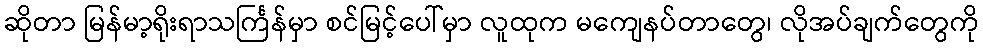
ဆိုတာ မြန်မာ့ရိုးရာသင်္ကြန်မှာ စင်မြင့်ပေါ်မှာ လူထုက မကျေနပ်တာတွေ၊ လိုအပ်ချက်တွေကို